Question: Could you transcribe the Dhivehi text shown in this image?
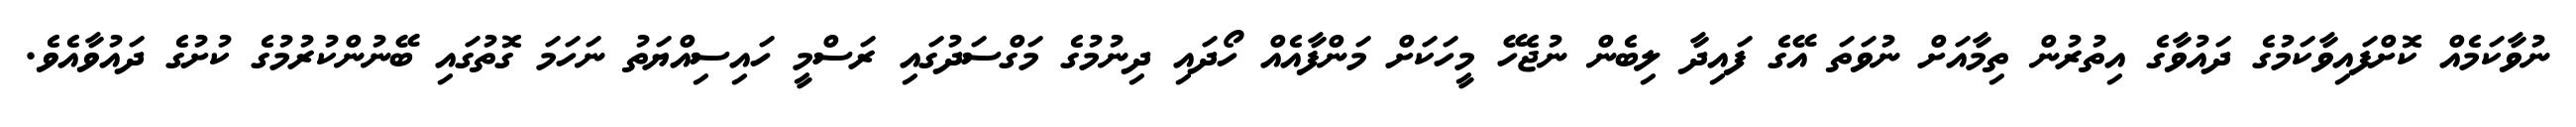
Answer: ނުވާކަމެއް ކޮށްފައިވާކަމުގެ ދައުވާގެ އިތުރުން ތިމާއަށް ނުވަތަ އޭގެ ފައިދާ ލިބެން ނުޖެހޭ މީހަކަށް މަންފާއެއް ހޯދައި ދިނުމުގެ މަގްސަދުގައި ރަސްމީ ހައިސިއްޔަތު ނަހަމަ ގޮތުގައި ބޭނުންކުރުމުގެ ކުށުގެ ދައުވާއެވެ.